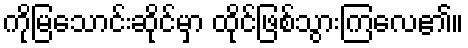
ကိုမြသောင်းဆိုင်မှာ ထိုင်ဖြစ်သွားကြလေ၏။